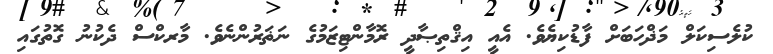
ކުލެސިކަލް މަޛްހަބަށް ފާޑުކިޔެވެ. އެއީ އިޤްތިޞާދީ ރޮމާންޓިޒަމުގެ ނަޡަރުންނެވެ. މާރކްސް ދެކުނު ގޮތުގައި